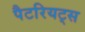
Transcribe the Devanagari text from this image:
पैटरियट्स